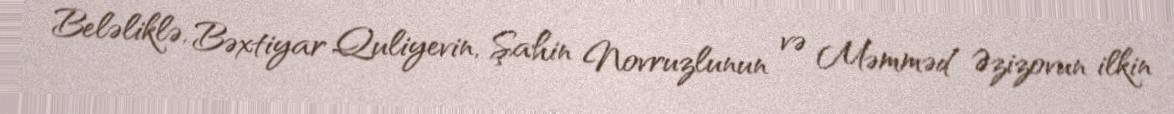
Beləliklə, Bəxtiyar Quliyevin, Şahin Novruzlunun və Məmməd Əzizovun ilkin